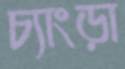
চ্যাংড়া